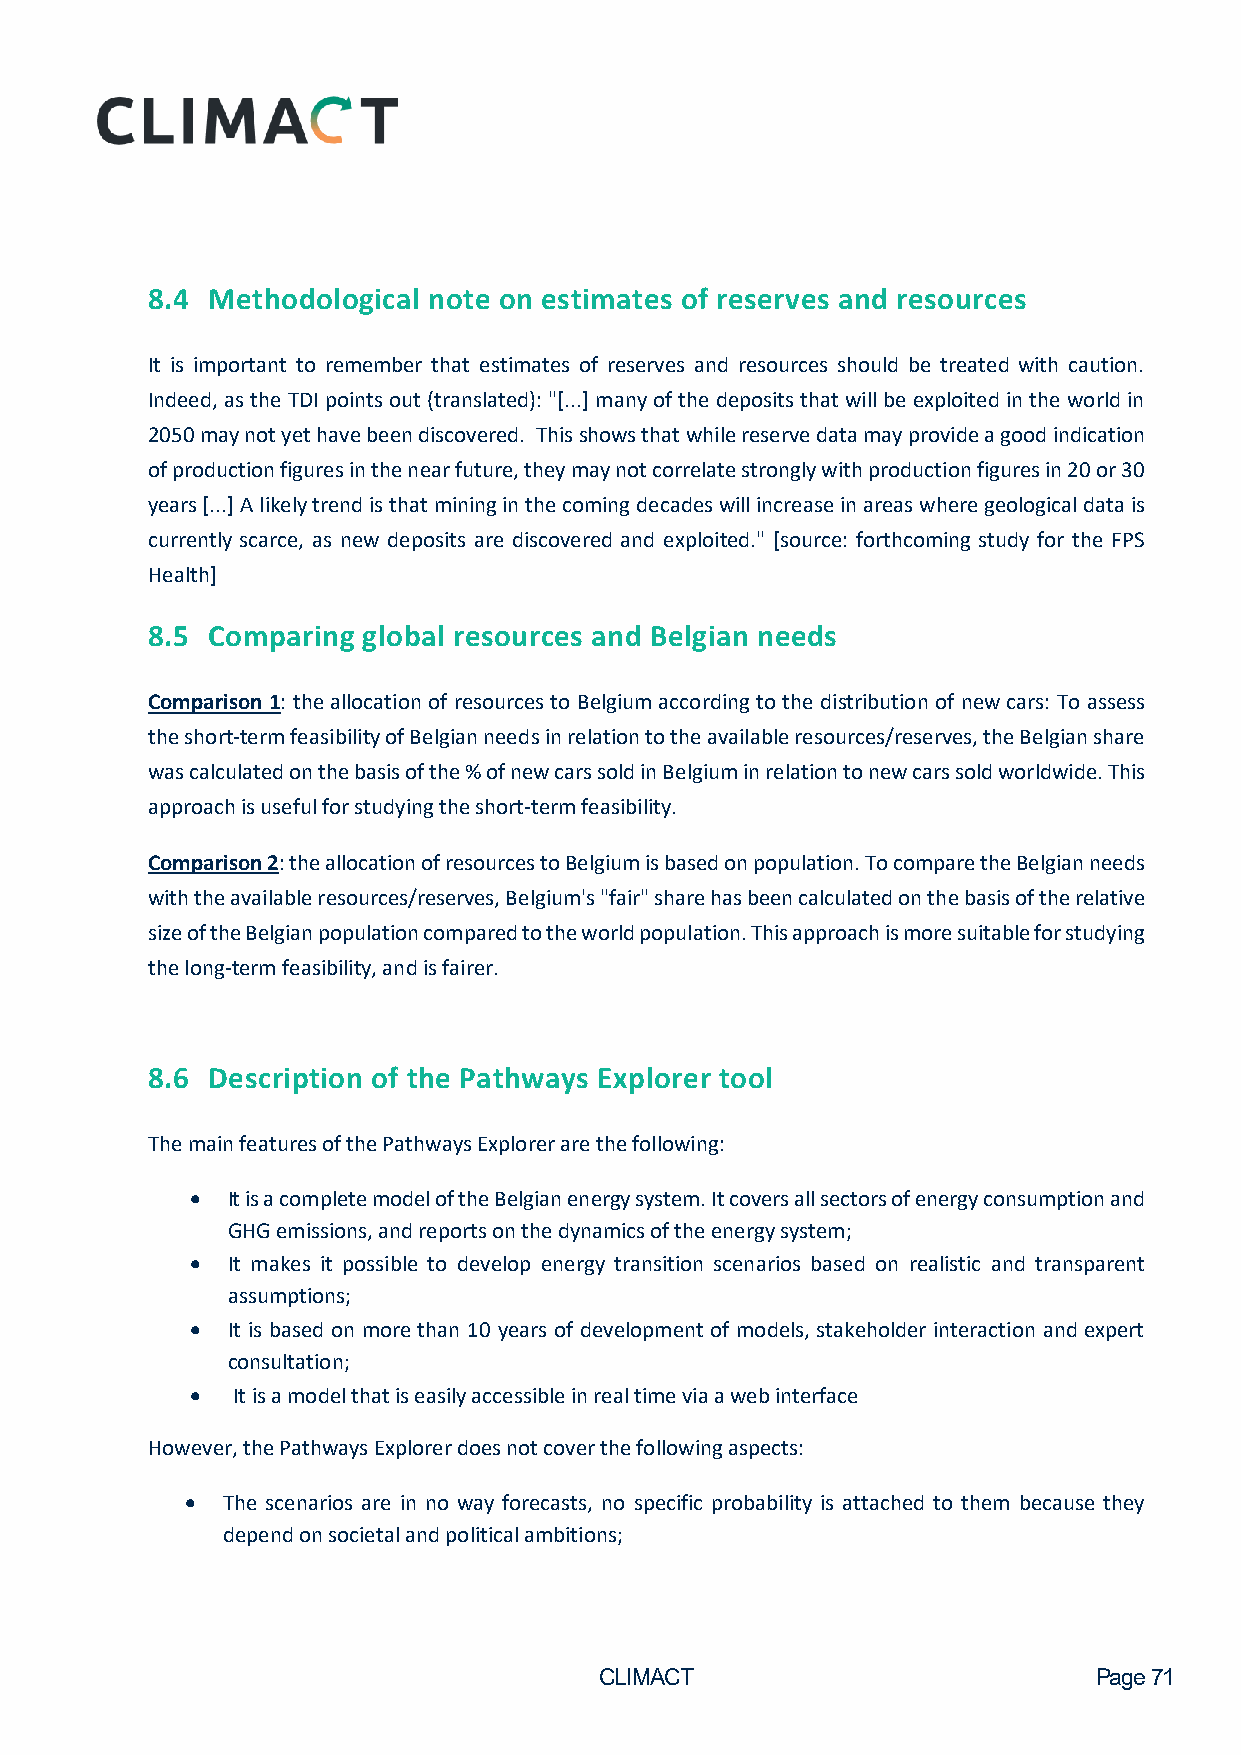
8.4 Methodological note on estimates of reserves and resources
 It is important to remember that estimates of reserves and resources should be treated with caution.
 Indeed, as the TDI points out (translated): "[...] many of the deposits that will be exploited in the world in
 2050 may not yet have been discovered. This shows that while reserve data may provide a good indication
 of production figures in the near future, they may not correlate strongly with production figures in 20 or 30
 years [...] A likely trend is that mining in the coming decades will increase in areas where geological data is
 currently scarce, as new deposits are discovered and exploited." [source: forthcoming study for the FPS
 Health]
 8.5 Comparing global resources and Belgian needs
 Comparison 1: the allocation of resources to Belgium according to the distribution of new cars: To assess
 the short-term feasibility of Belgian needs in relation to the available resources/reserves, the Belgian share
 was calculated on the basis of the % of new cars sold in Belgium in relation to new cars sold worldwide. This
 approach is useful for studying the short-term feasibility.
 Comparison 2: the allocation of resources to Belgium is based on population. To compare the Belgian needs
 with the available resources/reserves, Belgium's "fair" share has been calculated on the basis of the relative
 size of the Belgian population compared to the world population. This approach is more suitable for studying
 the long-term feasibility, and is fairer.
 8.6 Description of the Pathways Explorer tool
 The main features of the Pathways Explorer are the following:
 • It is a complete model of the Belgian energy system. It covers all sectors of energy consumption and
 GHG emissions, and reports on the dynamics of the energy system;
 • It makes it possible to develop energy transition scenarios based on realistic and transparent
 assumptions;
 • It is based on more than 10 years of development of models, stakeholder interaction and expert
 consultation;
 • It is a model that is easily accessible in real time via a web interface
 However, the Pathways Explorer does not cover the following aspects:
 •  The scenarios are in no way forecasts, no specific probability is attached to them because they
 depend on societal and political ambitions;
 CLIMACT                         Page 71